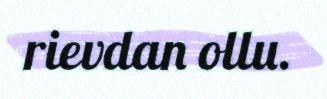
rievdan ollu.